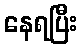
နေရပြီး